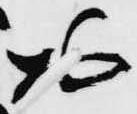
お